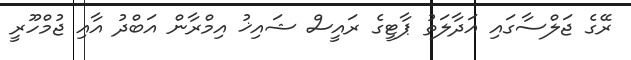
ރޭގެ ޖަލްސާގައި އަދާލަތު ޕާޓީގެ ރައީސް ޝައިޚު އިމްރާން އަބްދު އާއި ޖުމްހޫރީ